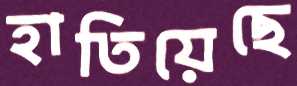
হাতিয়েছে